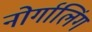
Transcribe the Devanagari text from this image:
नोर्गालिंग